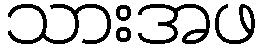
သားအဖ